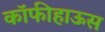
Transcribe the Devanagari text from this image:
कॉफीहाऊस